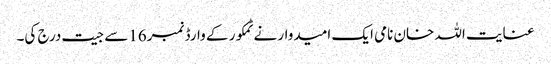
عنایت اللہ خان نامی ایک امیدوار نے ٹمکور کے وارڈ نمبر16سے جیت درج کی۔